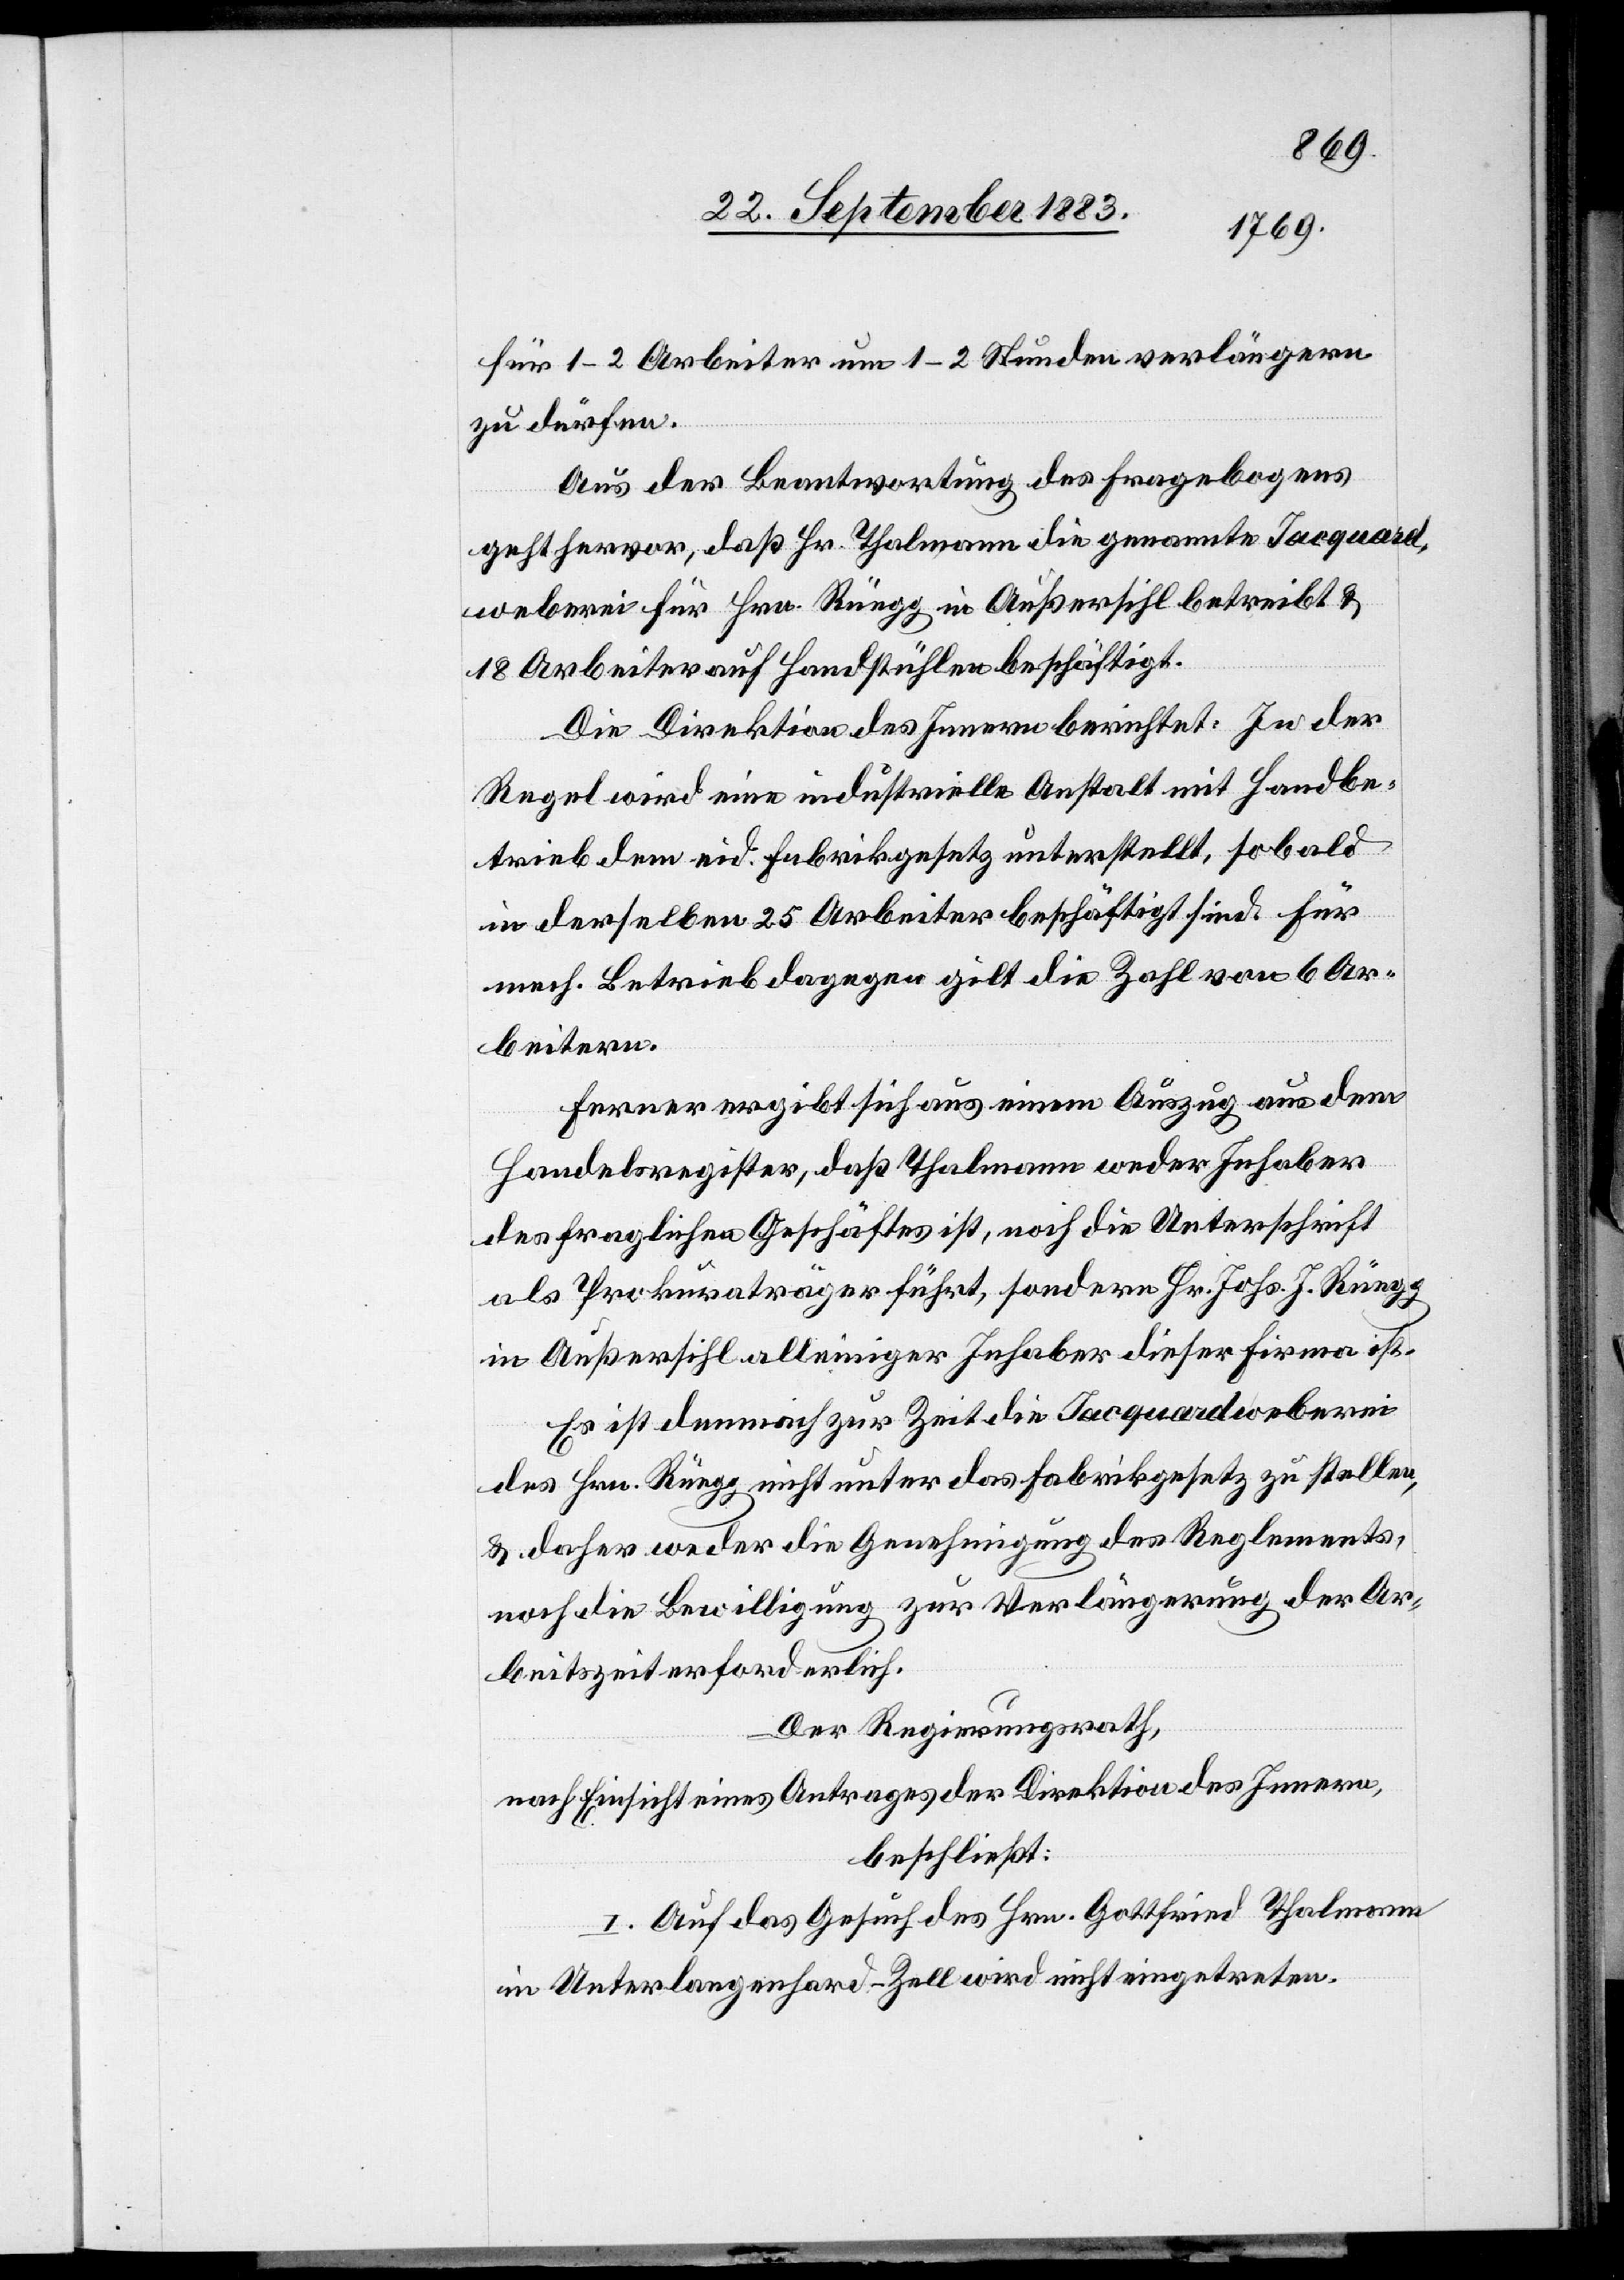
für 1–2 Arbeiter um 1–2 Stunden verlängern
zu dürfen.
Aus der Beantwortung des Fragebogens
geht hervor, daß Hr. Thalmann die genannte Jacquard¬
weberei für Hrn. Rüegg in Außersihl betreibt &
18 Arbeiter auf Handstühlen beschäftigt.
Die Direktion des Innern berichtet: In der
Regel wird eine industrielle Anstalt mit Handbe¬
trieb dem eid. Fabrikgesetz unterstellt, sobald
in derselben 25 Arbeiter beschäftigt sind. Für
mech. Betrieb dagegen gilt die Zahl von 6 Ar¬
beitern.
Ferner ergibt sich aus einem Auszug aus dem
Handelsregister, daß Thalmann weder Inhaber
des fraglichen Geschäftes ist, noch die Unterschrift
als Prokuraträger führt, sondern Hr. Johs. J. Rüegg
in Außersihl alleiniger Inhaber dieser Firma ist.
Es ist demnach zur Zeit die Jacquardweberei
des Hrn. Rüegg nicht unter das Fabrikgesetz zu stellen,
& daher weder die Genehmigung des Reglements,
noch die Bewilligung zur Verlängerung der Ar¬
beitszeit erforderlich.
Der Regierungsrath,
nach Einsicht eines Antrages der Direktion des Innern,
beschließt:
I. Auf das Gesuch des Hrn. Gottfried Thalmann
in Unterlangenhard - Zell wird nicht eingetreten.